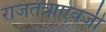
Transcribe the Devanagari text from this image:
राजतंत्राऐवजी